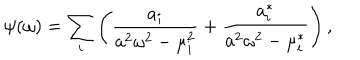
\psi ( \omega ) = \sum _ { i } \left( { \frac { a _ { i } } { a ^ { 2 } \omega ^ { 2 } - \mu _ { i } ^ { 2 } } } + { \frac { a _ { i } ^ { * } } { a ^ { 2 } \omega ^ { 2 } - \mu _ { i } ^ { * } } } \right) ,